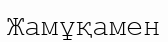
Жамұқамен